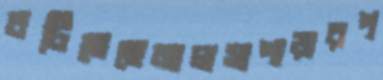
চটিতেছেমালসাপাড়ারপ্